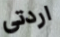
اردتى